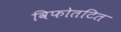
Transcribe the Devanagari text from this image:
विफोतटित